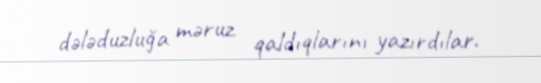
dələduzluğa məruz qaldıqlarını yazırdılar.